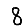
Digit: 8